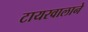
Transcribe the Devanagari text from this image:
टायरवालाने